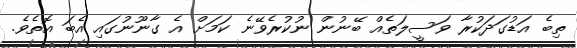
ތިބެ އަޑުގަދަކުރާ ވަސީލަތެއް ބޭނުން ނުކުރެވޭނެ ކަމަށް އެ ގާނޫނުގައި އެބަ އޮތެވެ.